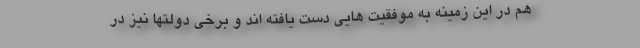
هم در این زمینه به موفقیت هایی دست یافته اند و برخی دولتها نیز در